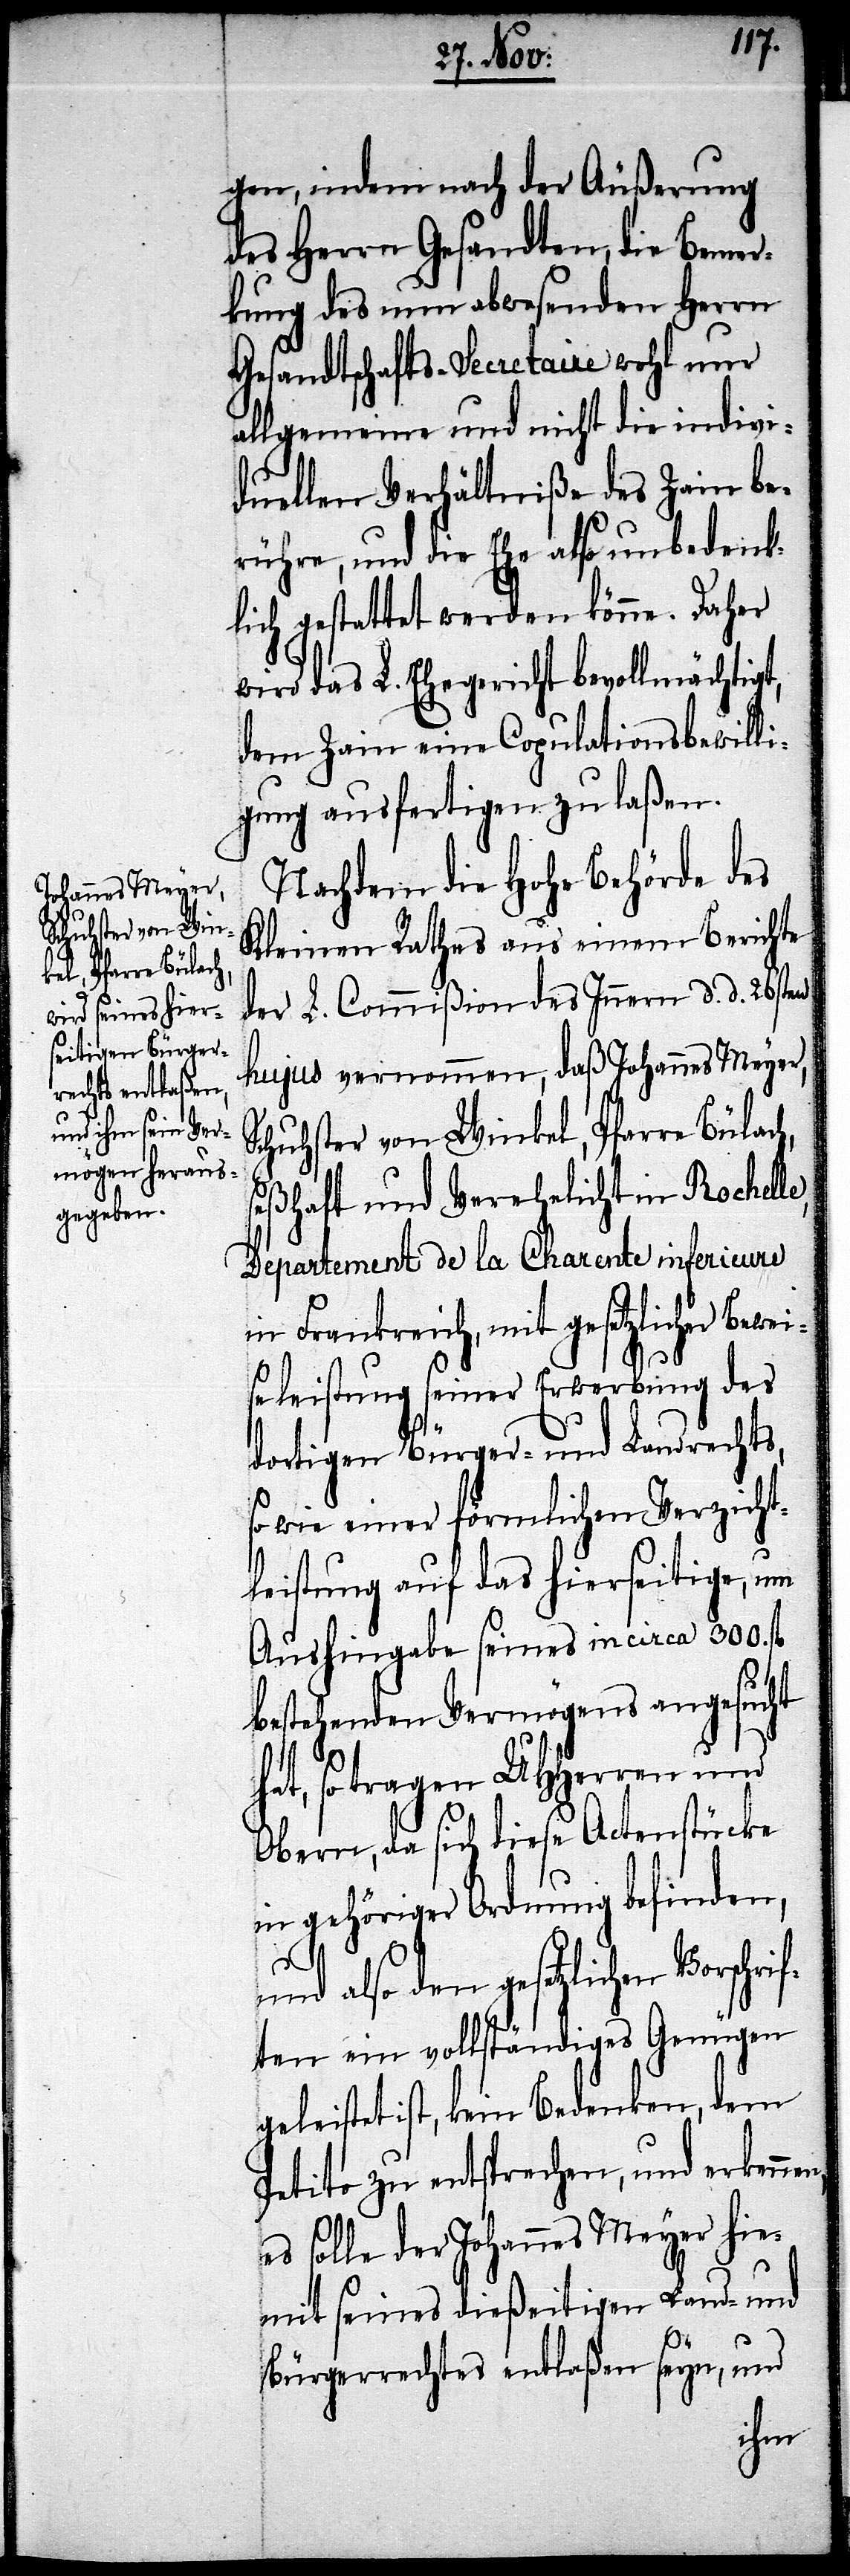
gen, indem nach der Äußerung
des Herrn Gesandten, die Bemer¬
kung des nun abwesenden Herrn
Gesandtschafts-Secretaire wohl nur
allgemeine und nicht die indivi¬
duellen Verhältniße des Zain be¬
rühre, und die Ehe also unbedenk¬
liche gestattet werden könne. Daher
wird das L. Ehegericht bevollmächtigt,
dem Zain eine Copulationsbewilli¬
gung ausfertigen zu laßen.
Nachdem die Hohe Behörde des
Kleinen Rathes aus einem Berichte
der L. Commißion des Innern d. d. 26sten
hujus vernommen, daß Johannes Meyer,
Schuhster von Winkel, Pfarre Bülac¬
seßhaft und Verehelicht in Rochelle,
Departement de la Charente inferieure
in Frankreich, mit gesetzlicher Bewei¬
h,
seleistung seiner Erwerbung des
dortiger Bürger- und Landrechts,
so wie einer förmlichen Verzicht¬
leistung auf das hierseitige, um
Aushingabe seines in circa 300. fl.
bestehenden Vermögens angesucht
hat, so tragen UHHerren und
Obern, da sich diese Actenstücke
in gehöriger Ordnung befinden,
und also den gesetzlichen Vors¬
ften ein vollständiges Genügen
geleistet ist, kein Bedenken, dem
Petito zu entsprechen, und erkenn¬
es solle der Johannes Meyer hie¬
mit seiner dießeitigen Land- und
Bürgerrechtes entlaßen seyn, und
en,